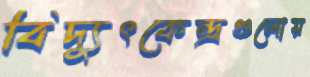
বিদ্যুৎকেন্দ্রগুলোয়